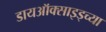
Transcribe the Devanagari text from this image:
डायऑक्साइड्च्या